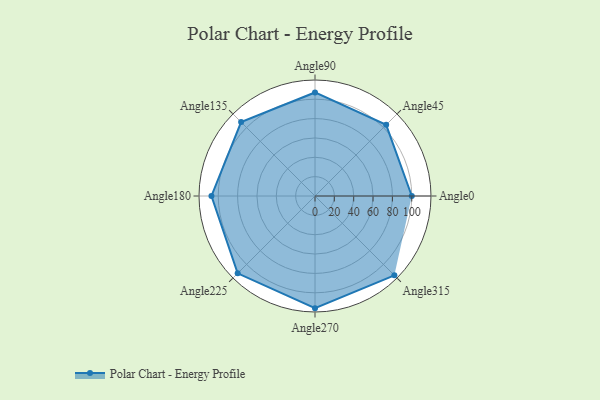
{"axis": {"x": "Angle", "y": "Radius"}, "legend": [""], "data": [{"x": "Angle0", "y": 100.0, "type": ""}, {"x": "Angle45", "y": 104.0, "type": ""}, {"x": "Angle90", "y": 107.0, "type": ""}, {"x": "Angle135", "y": 108.0, "type": ""}, {"x": "Angle180", "y": 107.0, "type": ""}, {"x": "Angle225", "y": 113.0, "type": ""}, {"x": "Angle270", "y": 116.0, "type": ""}, {"x": "Angle315", "y": 116.0, "type": ""}]}